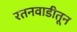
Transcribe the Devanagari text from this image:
रतनवाडीतून